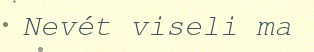
Nevét viseli ma